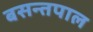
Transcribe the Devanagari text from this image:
बसन्तपाल